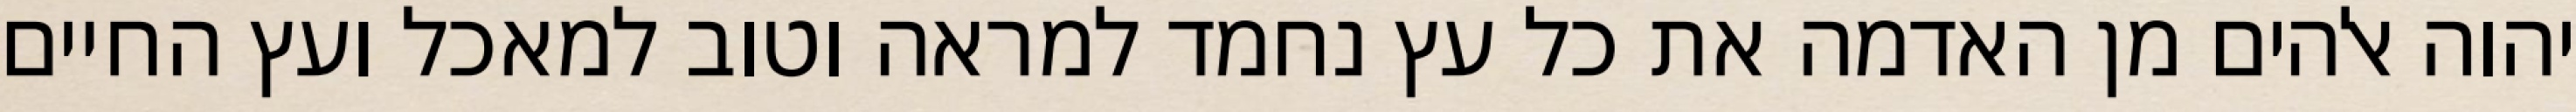
יהוה אלהים מן האדמה את כל עץ נחמד למראה וטוב למאכל ועץ החיים